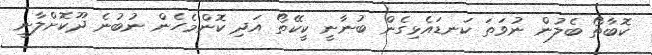
ކޮބާތޯ ބެލުން ނުވަތަ ކަނޑައެޅިގެން ބުނާނީ ކީކޭތޯ އަދި ކޮންމެހެން ނުބުނެ ދޫކޮށްލާނީ